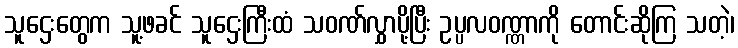
သူဌေးတွေက သူ့ဖခင် သူဌေးကြီးထံ သဝဏ်လွှာပို့ပြီး ဥပ္ပလဝဏ္ဏာကို တောင်းဆိုကြ သတဲ့၊